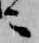
ニ